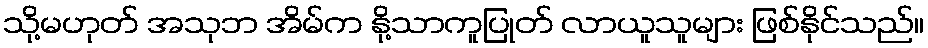
သို့မဟုတ် အသုဘ အိမ်က နို့သာကူပြုတ် လာယူသူများ ဖြစ်နိုင်သည်။